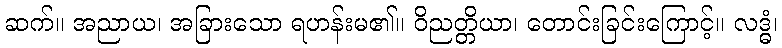
ဆက်။ အညာယ၊ အခြားသော ရဟန်းမ၏။ ဝိညတ္တိယာ၊ တောင်းခြင်းကြောင့်။ လဒ္ဓံ၊